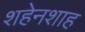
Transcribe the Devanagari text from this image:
शहेनशाह